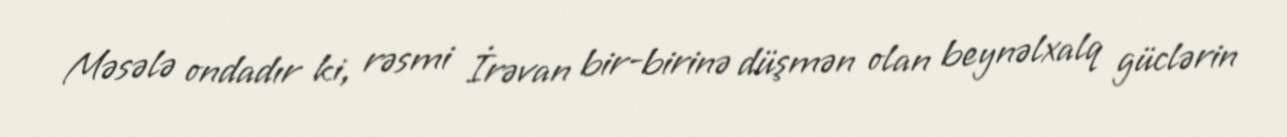
Məsələ ondadır ki, rəsmi İrəvan bir-birinə düşmən olan beynəlxalq güclərin